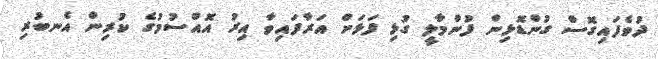
ދުވެފައިގޮސް ގުންޑޮޅިން ފުންމާލީ ގުޅި ފަޅަށް އަރާފައިވާ އިރު އޮއްސުމުގެ ކުރިން އެނބުރި